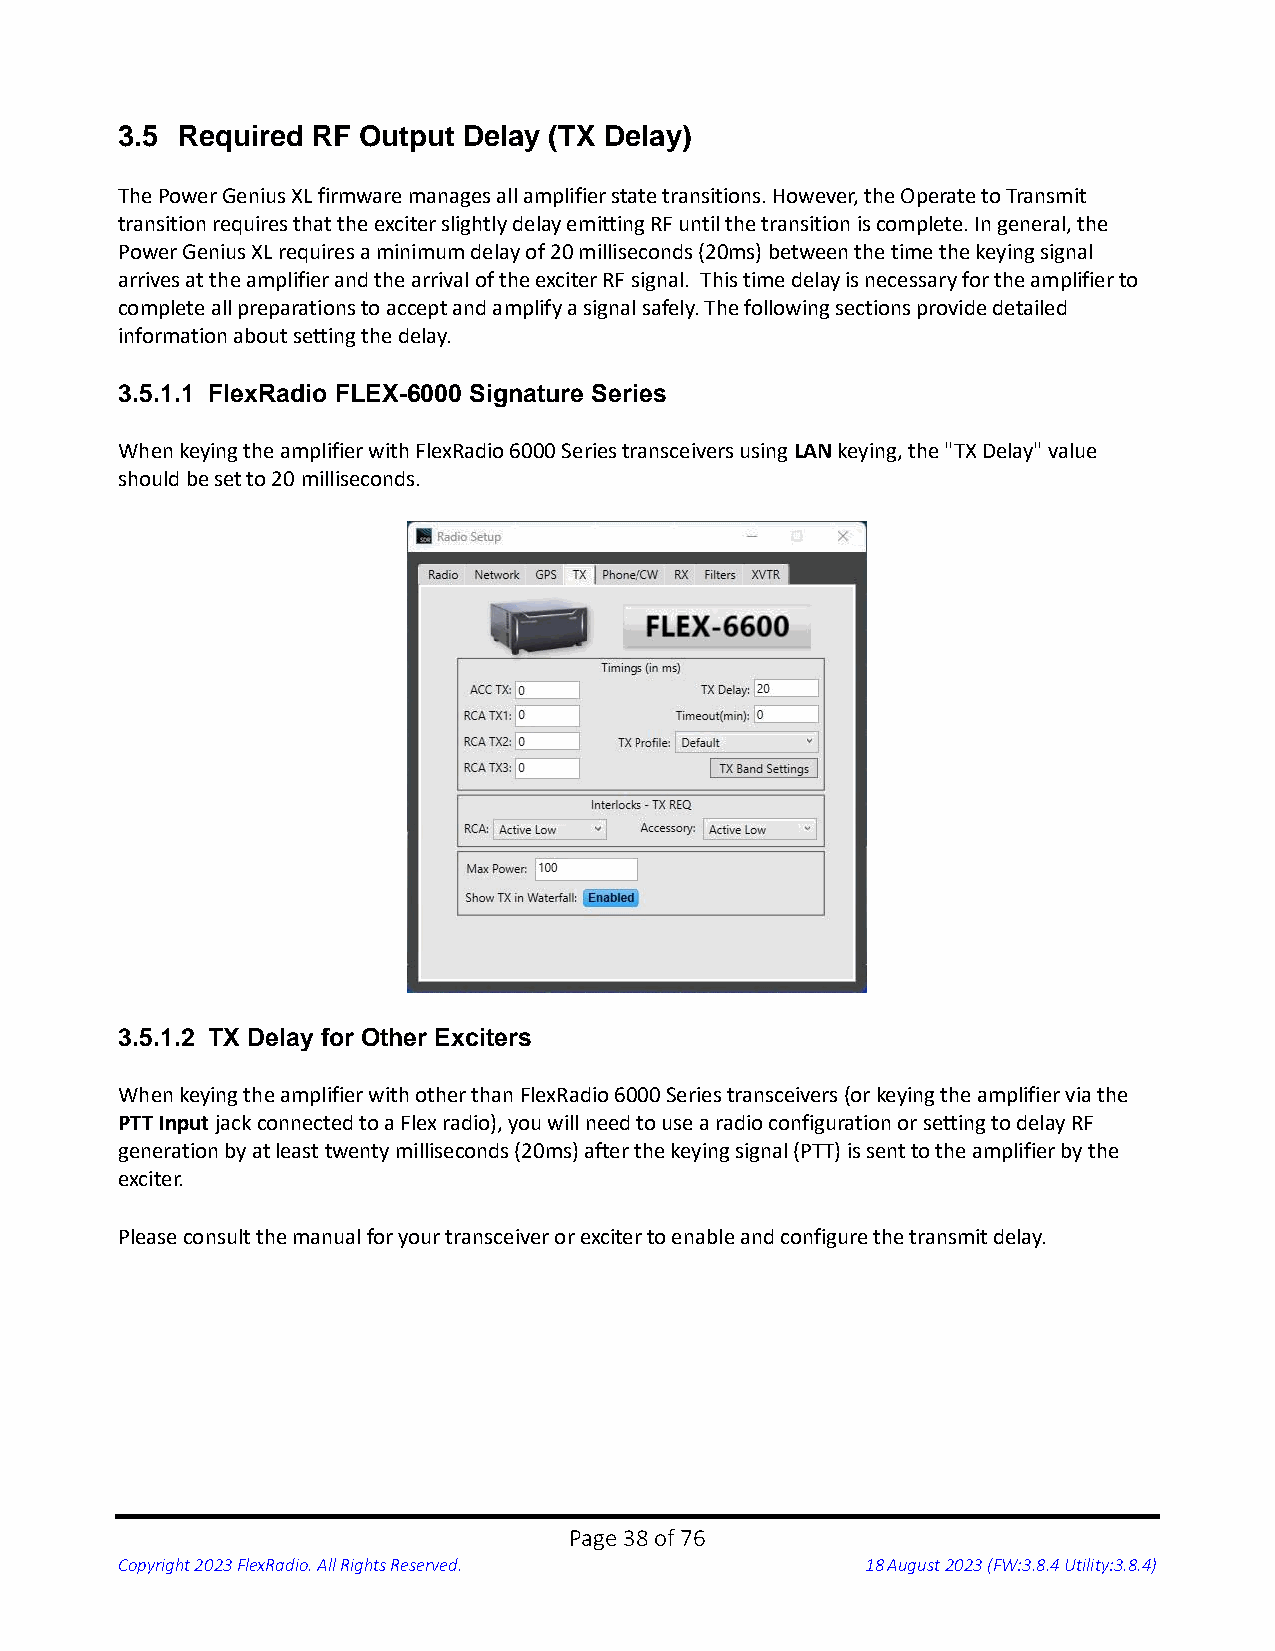
3.5 Required RF Output Delay (TX Delay)
 The Power Genius XL firmware manages all amplifier state transitions. However, the Operate to Transmit
 transition requires that the exciter slightly delay emitting RF until the transition is complete. In general, the
 Power Genius XL requires a minimum delay of 20 milliseconds (20ms) between the time the keying signal
 arrives at the amplifier and the arrival of the exciter RF signal. This time delay is necessary for the amplifier to
 complete all preparations to accept and amplify a signal safely. The following sections provide detailed
 information about setting the delay.
 3.5.1.1 FlexRadio FLEX-6000 Signature Series
 When keying the amplifier with FlexRadio 6000 Series transceivers using LAN keying, the "TX Delay" value
 should be set to 20 milliseconds.
 3.5.1.2 TX Delay for Other Exciters
 When keying the amplifier with other than FlexRadio 6000 Series transceivers (or keying the amplifier via the
 PTT Input jack connected to a Flex radio), you will need to use a radio configuration or setting to delay RF
 generation by at least twenty milliseconds (20ms) after the keying signal (PTT) is sent to the amplifier by the
 exciter.
 Please consult the manual for your transceiver or exciter to enable and configure the transmit delay.
 Page 38 of 76
 Copyright 2023 FlexRadio. All Rights Reserved.   18 August 2023 (FW:3.8.4 Utility:3.8.4)